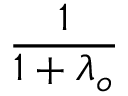
\frac { 1 } { 1 + \lambda _ { o } }